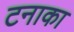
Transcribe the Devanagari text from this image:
टनाका